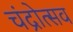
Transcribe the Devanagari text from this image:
चंद्रोत्सव